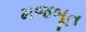
મજબૂત